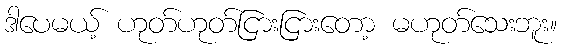
ဒါပေမယ့် ဟုတ်ဟုတ်ငြားငြားတော့ မဟုတ်သေးဘူး။